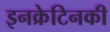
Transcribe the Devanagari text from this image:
इनक्रेटिनकी